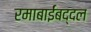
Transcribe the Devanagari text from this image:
रमाबाईंबद्दल